Report of an investigation in regard to the prevalence of stegomyia and other mosquitoes in Karachi, and the measures necessary for their control
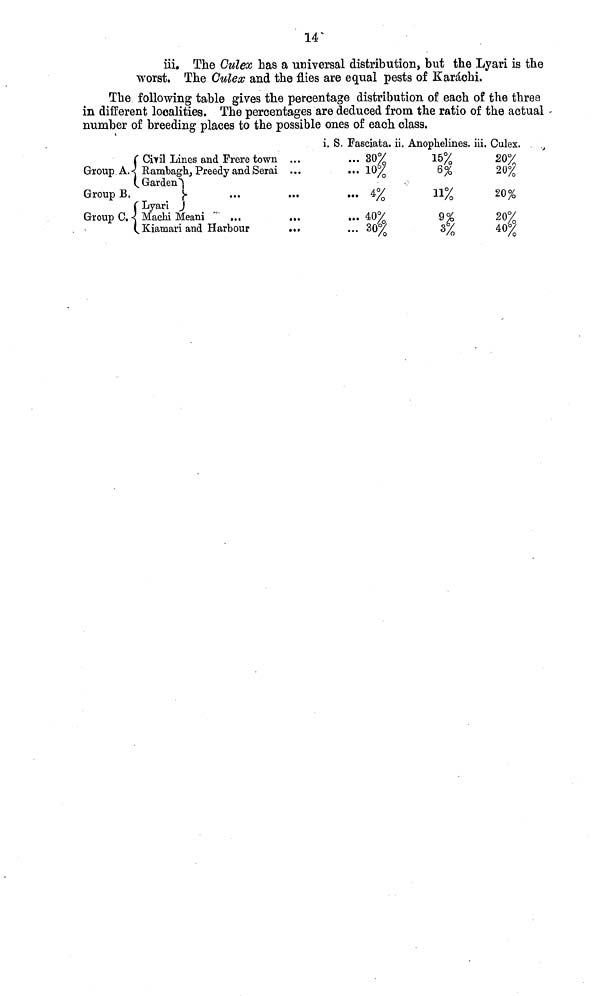
14
iii. The Culex has a universal distribution, but the Lyari is the
worst. The Culex and the flies are equal pests of Karachi.
The following table gives the percentage distribution of each of the three
in different localities. The percentages are deduced from the ratio of the actual
number of breeding places to the possible ones of each class.
Civil Lines and Frere town ...
Group A. Rambagh, Preedy and Serai ...
Garden
Group B.
Lyari
Group C. Machi Meani
...
...
(.Kiamari and Harbour
...
1. S. Fasciata. ii.
... 30%
... 10%
... 4%
... 40%
... 30%
Anophelines. iii.
15%
6%
11%
3%
Culex.
20%
20%
20%
207
40%